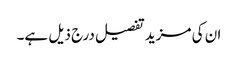
ان کی مزید تفصیل درج ذیل ہے۔